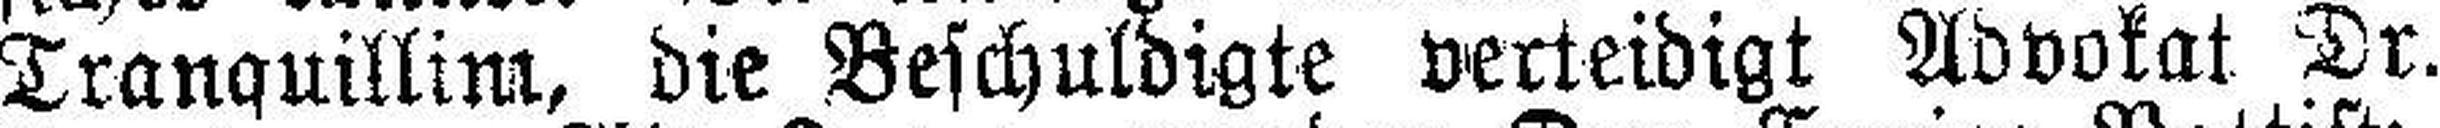
Tranquillim, die Beschuldigte verteidigt Advokat Dr.